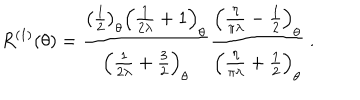
LaTeX: R ^ { ( 1 ) } ( \theta ) = \frac { \left( \frac { 1 } { 2 } \right) _ { \theta } \left( \frac { 1 } { 2 \lambda } + 1 \right) _ { \theta } } { \left( \frac { 1 } { 2 \lambda } + \frac { 3 } { 2 } \right) _ { \theta } } \frac { \left( \frac { \eta } { \pi \lambda } - \frac { 1 } { 2 } \right) _ { \theta } } { \left( \frac { \eta } { \pi \lambda } + \frac { 1 } { 2 } \right) _ { \theta } } \ .